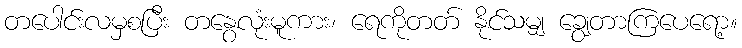
တပေါင်းလမှစပြီး တနွေလုံးမူကား၊ ရေကိုတတ် နိုင်သမျှ ချွေတာကြပေရော့။